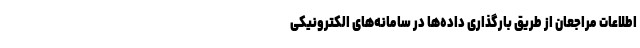
اطلاعات مراجعان از طریق بارگذاری داده‌ها در سامانه‌های الکترونیکی